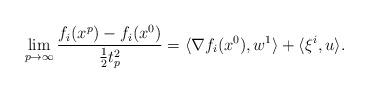
LaTeX: \begin{align*}\lim_{p\to\infty}\dfrac{f_i(x^p)-f_i(x^0)}{\frac12t^2_p}=\langle\nabla f_i(x^0), w^{1}\rangle+\langle\xi^{i},u\rangle.\end{align*}